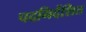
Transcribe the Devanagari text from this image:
पदनिर्देशित